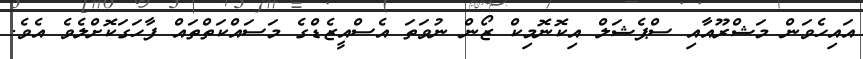
އައިހެވަން މަޝްރޫއާއި ސްޕެޝަލް އިކޮނޮމިކް ޒޯން ނުވަތަ އެސްއީޒެޑްގެ މަސައްކަތްތައް ފާހަގަކޮށްލެވެ އެވެ.